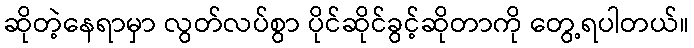
ဆိုတဲ့နေရာမှာ လွတ်လပ်စွာ ပိုင်ဆိုင်ခွင့်ဆိုတာကို တွေ့ရပါတယ်။